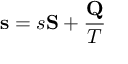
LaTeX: \mathbf { s } = s \mathbf { S } + { \frac { \mathbf { Q } } { T } }